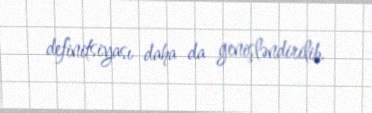
definitsiyası daha da genişləndirilib.